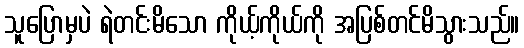
သူပြောမှပဲ ရဲတင်းမိသော ကိုယ့်ကိုယ်ကို အပြစ်တင်မိသွားသည်။